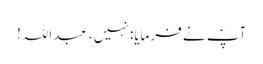
آپؐ نے فرمایا: نہیں، عبداللہ!